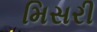
મિસરી